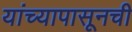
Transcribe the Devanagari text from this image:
यांच्यापासूनची